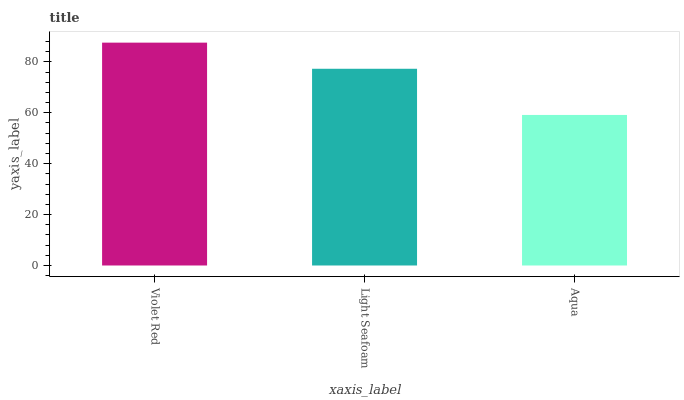
| xaxis_label | bars |
 | --- | --- |
 | Violet Red | 87.5 |
 | Light Seafoam | 77.3 |
 | Aqua | 59.1 |